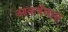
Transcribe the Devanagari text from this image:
आकर्षणास